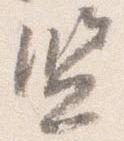
監